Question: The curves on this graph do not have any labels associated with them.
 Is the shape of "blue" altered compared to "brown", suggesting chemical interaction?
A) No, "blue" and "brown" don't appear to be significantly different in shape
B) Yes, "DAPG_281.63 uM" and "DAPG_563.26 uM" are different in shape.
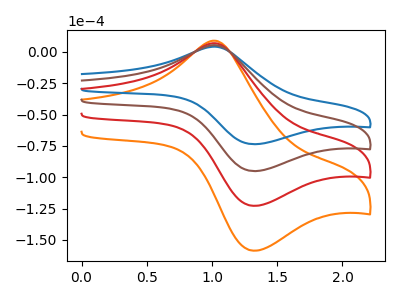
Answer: <think>The orange curve "orange" has an anodic peak at (1.05V, 15.85uA) and a cathodic peak at (1.30V, -285.15uA). The blue curve "blue" has an anodic peak at (1.05V, 4.10uA) and a cathodic peak at (1.30V, -73.60uA). The red curve "red" has an anodic peak at (1.05V, 10.55uA) and a cathodic peak at (1.30V, -190.10uA). The brown curve "brown" has an anodic peak at (1.05V, 5.30uA) and a cathodic peak at (1.30V, -95.05uA).
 All the peaks in "blue" have a peak in "brown" at the same potential. Every peak in "blue" is lower than every peak in "brown".</think>
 <answer>A) No, "blue" and "brown" don't appear to be significantly different in shape</answer>
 <eval>A</eval>